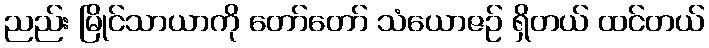
ညည်း မြိုင်သာယာကို တော်တော် သံယောဇဉ် ရှိတယ် ထင်တယ်